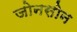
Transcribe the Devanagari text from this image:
जोनसोन